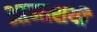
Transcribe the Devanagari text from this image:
आमाशयी